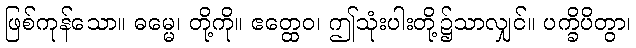
ဖြစ်ကုန်သော။ ဓမ္မေ၊ တို့ကို။ ဧတ္ထေဝ၊ ဤသုံးပါးတို့၌သာလျှင်။ ပက္ခိပိတွာ၊